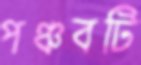
পঞ্চবটি